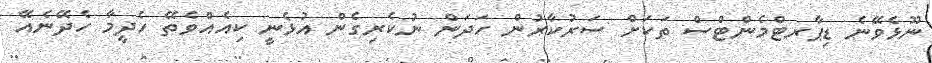
ނޫޅެވޭނެ ޑިޕާރޓްމެންޓްސް ތަަކަށް ސަރުކާރުން ހަދަން ނުކެރިގެން އުޅެނީ ކިއެއްވެތޭ ހެދީމާ ހެދޭނެއޭ